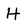
Character: H